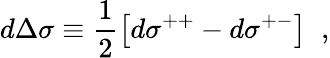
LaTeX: d\Delta\sigma\equiv\frac{1}{2}\left[d\sigma^{++}-d\sigma^{+-}\right]\; \; ,